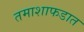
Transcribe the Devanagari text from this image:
तमाशाफडात